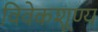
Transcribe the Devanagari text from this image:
विवेकशूण्य